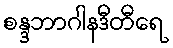
စန္ဒဘာဂါနဒီတီရေ